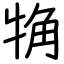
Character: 觕